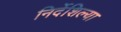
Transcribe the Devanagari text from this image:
निर्देशिल्या